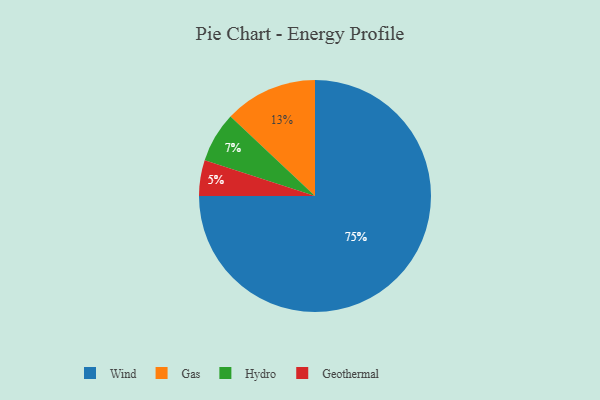
{"axis": {"x": "Category", "y": "Percentage"}, "legend": ["Gas", "Geothermal", "Hydro", "Wind"], "data": [{"x": "Wind", "y": 75, "type": "Wind"}, {"x": "Geothermal", "y": 5, "type": "Geothermal"}, {"x": "Hydro", "y": 7, "type": "Hydro"}, {"x": "Gas", "y": 13, "type": "Gas"}]}